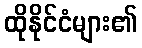
ထိုနိုင်ငံများ၏